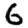
Digit: 6